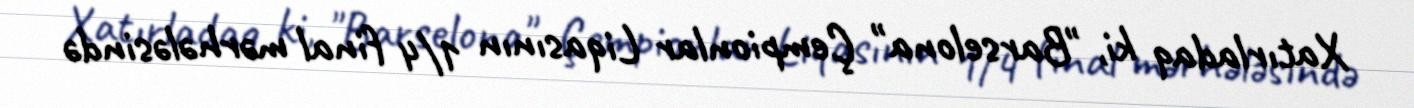
Xatırladaq ki, "Barselona" Çempionlar Liqasının 1/4 final mərhələsində